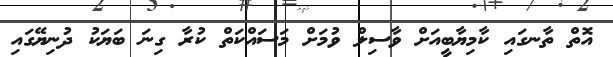
އޮތް ތާނގައި ކާމިޔާބީއަށް ވާސިލް ވުމަށް މަސައްކަތް ކުރާ ގިނަ ބަޔަކު ދުނިޔޭގައި